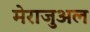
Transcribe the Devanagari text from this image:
मेराजुअल